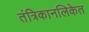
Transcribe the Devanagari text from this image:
तंत्रिकानलिकेत